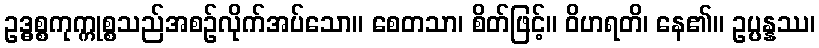
ဥဒ္ဓစ္စကုက္ကုစ္စသည်အစဉ်လိုက်အပ်သော။ စေတသာ၊ စိတ်ဖြင့်။ ဝိဟရတိ၊ နေ၏။ ဥပ္ပန္နဿ၊